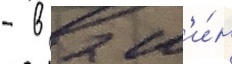
- в 2 м'и́н